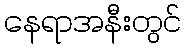
နေရာအနီးတွင်